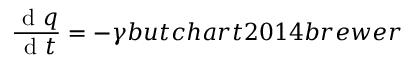
\frac { \mathrm { ~ d ~ } q } { \mathrm { ~ d ~ } t } = - \gamma b u t c h a r t 2 0 1 4 b r e w e r